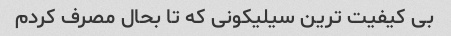
بی کیفیت ترین سیلیکونی که تا بحال مصرف کردم